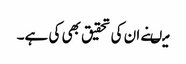
میںنے ان کی تحقیق بھی کی ہے۔